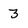
Character: 3